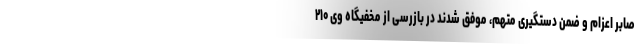
صابر اعزام و ضمن دستگیری متهم، موفق شدند در بازرسی از مخفیگاه وی ۲۱۰